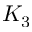
K _ { 3 }